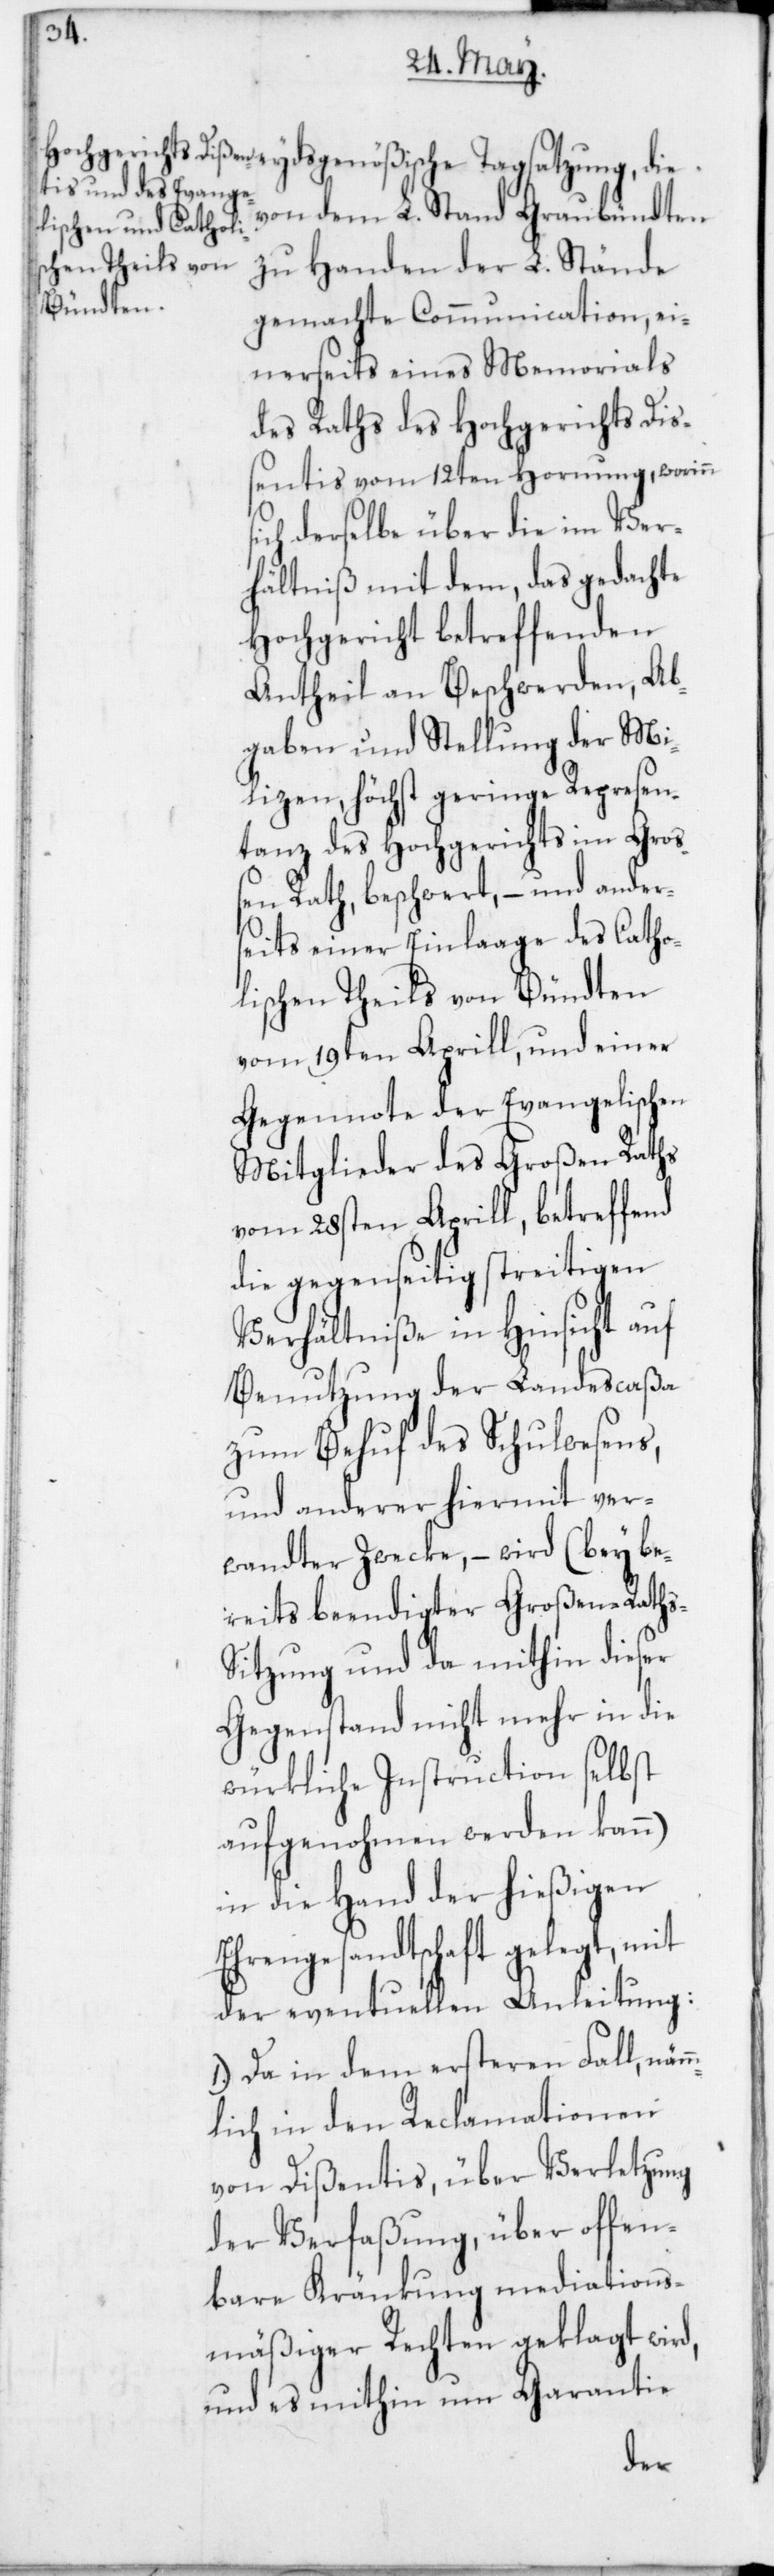
von dem L. Stand Graubündten
zu Handen der L. Stände
gemachte Communication ei¬
nerseits eines Memorials
des Raths des Hochgerichts Di¬
sentis vom 12ten Hornung, worinn
ich derselbe über die im Ver¬
hältniß mit dem, das gedachte
Hochgericht betreffenden
Antheil an Beschwerden, Ab¬
gaben und Stellung der Mi¬
lizen, höchst geringe Represen¬
tanz des Hochgerichts im Groß¬
en Rath, beschwert, – und ander¬
seits einer Einlaage des Catho¬
lischen Theils von Bündten
vom 19ten Aprill, und einer
Gegennote der Evangelischen
Mitglieder des Großen Raths
vom 28sten Aprill, betreffend
die gegenseitig streitigen
Verhältniße in Hinsicht auf
Benutzung der Landescaßa
zum Behuf des Schulwesens,
und anderer hiermit ver¬
wandter Zwecke, – wird (bey be¬
reits beendigter Großen-Raths-S¬
itzung und da mithin dieser
Gegenstand nicht mehr in die
würkliche Instruction selbst
aufgenohmen werden kann)
in die Hand der hießigen
Ehrengesandtschaft gelegt, mit
der eventuellen Anleitung:
1. Da in dem ersteren Fall, näm¬
mlich in den Reclamationen
von Dißentis, über Verletzung
der Verfaßung, über offen¬
bare Kränkung mediations¬
mäßiger Rechten geklagt wird,
und es mithin um Garantie
s¬